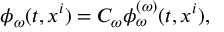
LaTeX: \phi _ { \omega } ( t , x ^ { i } ) = C _ { \omega } \phi _ { \omega } ^ { ( \omega ) } ( t , x ^ { i } ) ,